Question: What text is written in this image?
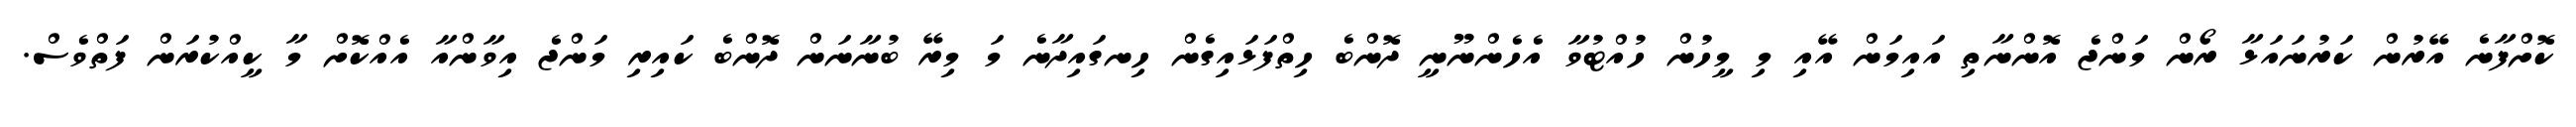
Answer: ކޮށްފާނެ އޭރުން ކަރުނައަޅާ ރޯން މަންޖެ އޮންނާތި އައިމަން އޭއި މި މީހުން ހުއްޓުވާ އެހެންނޫނީ ދޮންބެ ހިތްފަޅައިގެން ހިނގައިދާނެ މަ މިރޭ ބުނާނަން ދޮންބެ ކައިރި މަންޖެ އިވާންއާ އެއްކޮށް މާ ކީއްކުރަން ފަތްވެސް.